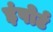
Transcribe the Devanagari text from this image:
इंपोर्ट